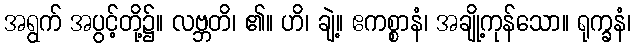
အရွက် အပွင့်တို့၌။ လဗ္ဘတိ၊ ၏။ ဟိ၊ ချဲ့။ ဧကစ္စာနံ၊ အချို့ကုန်သော။ ရုက္ခနံ၊